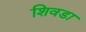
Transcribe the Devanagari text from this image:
शिवडा